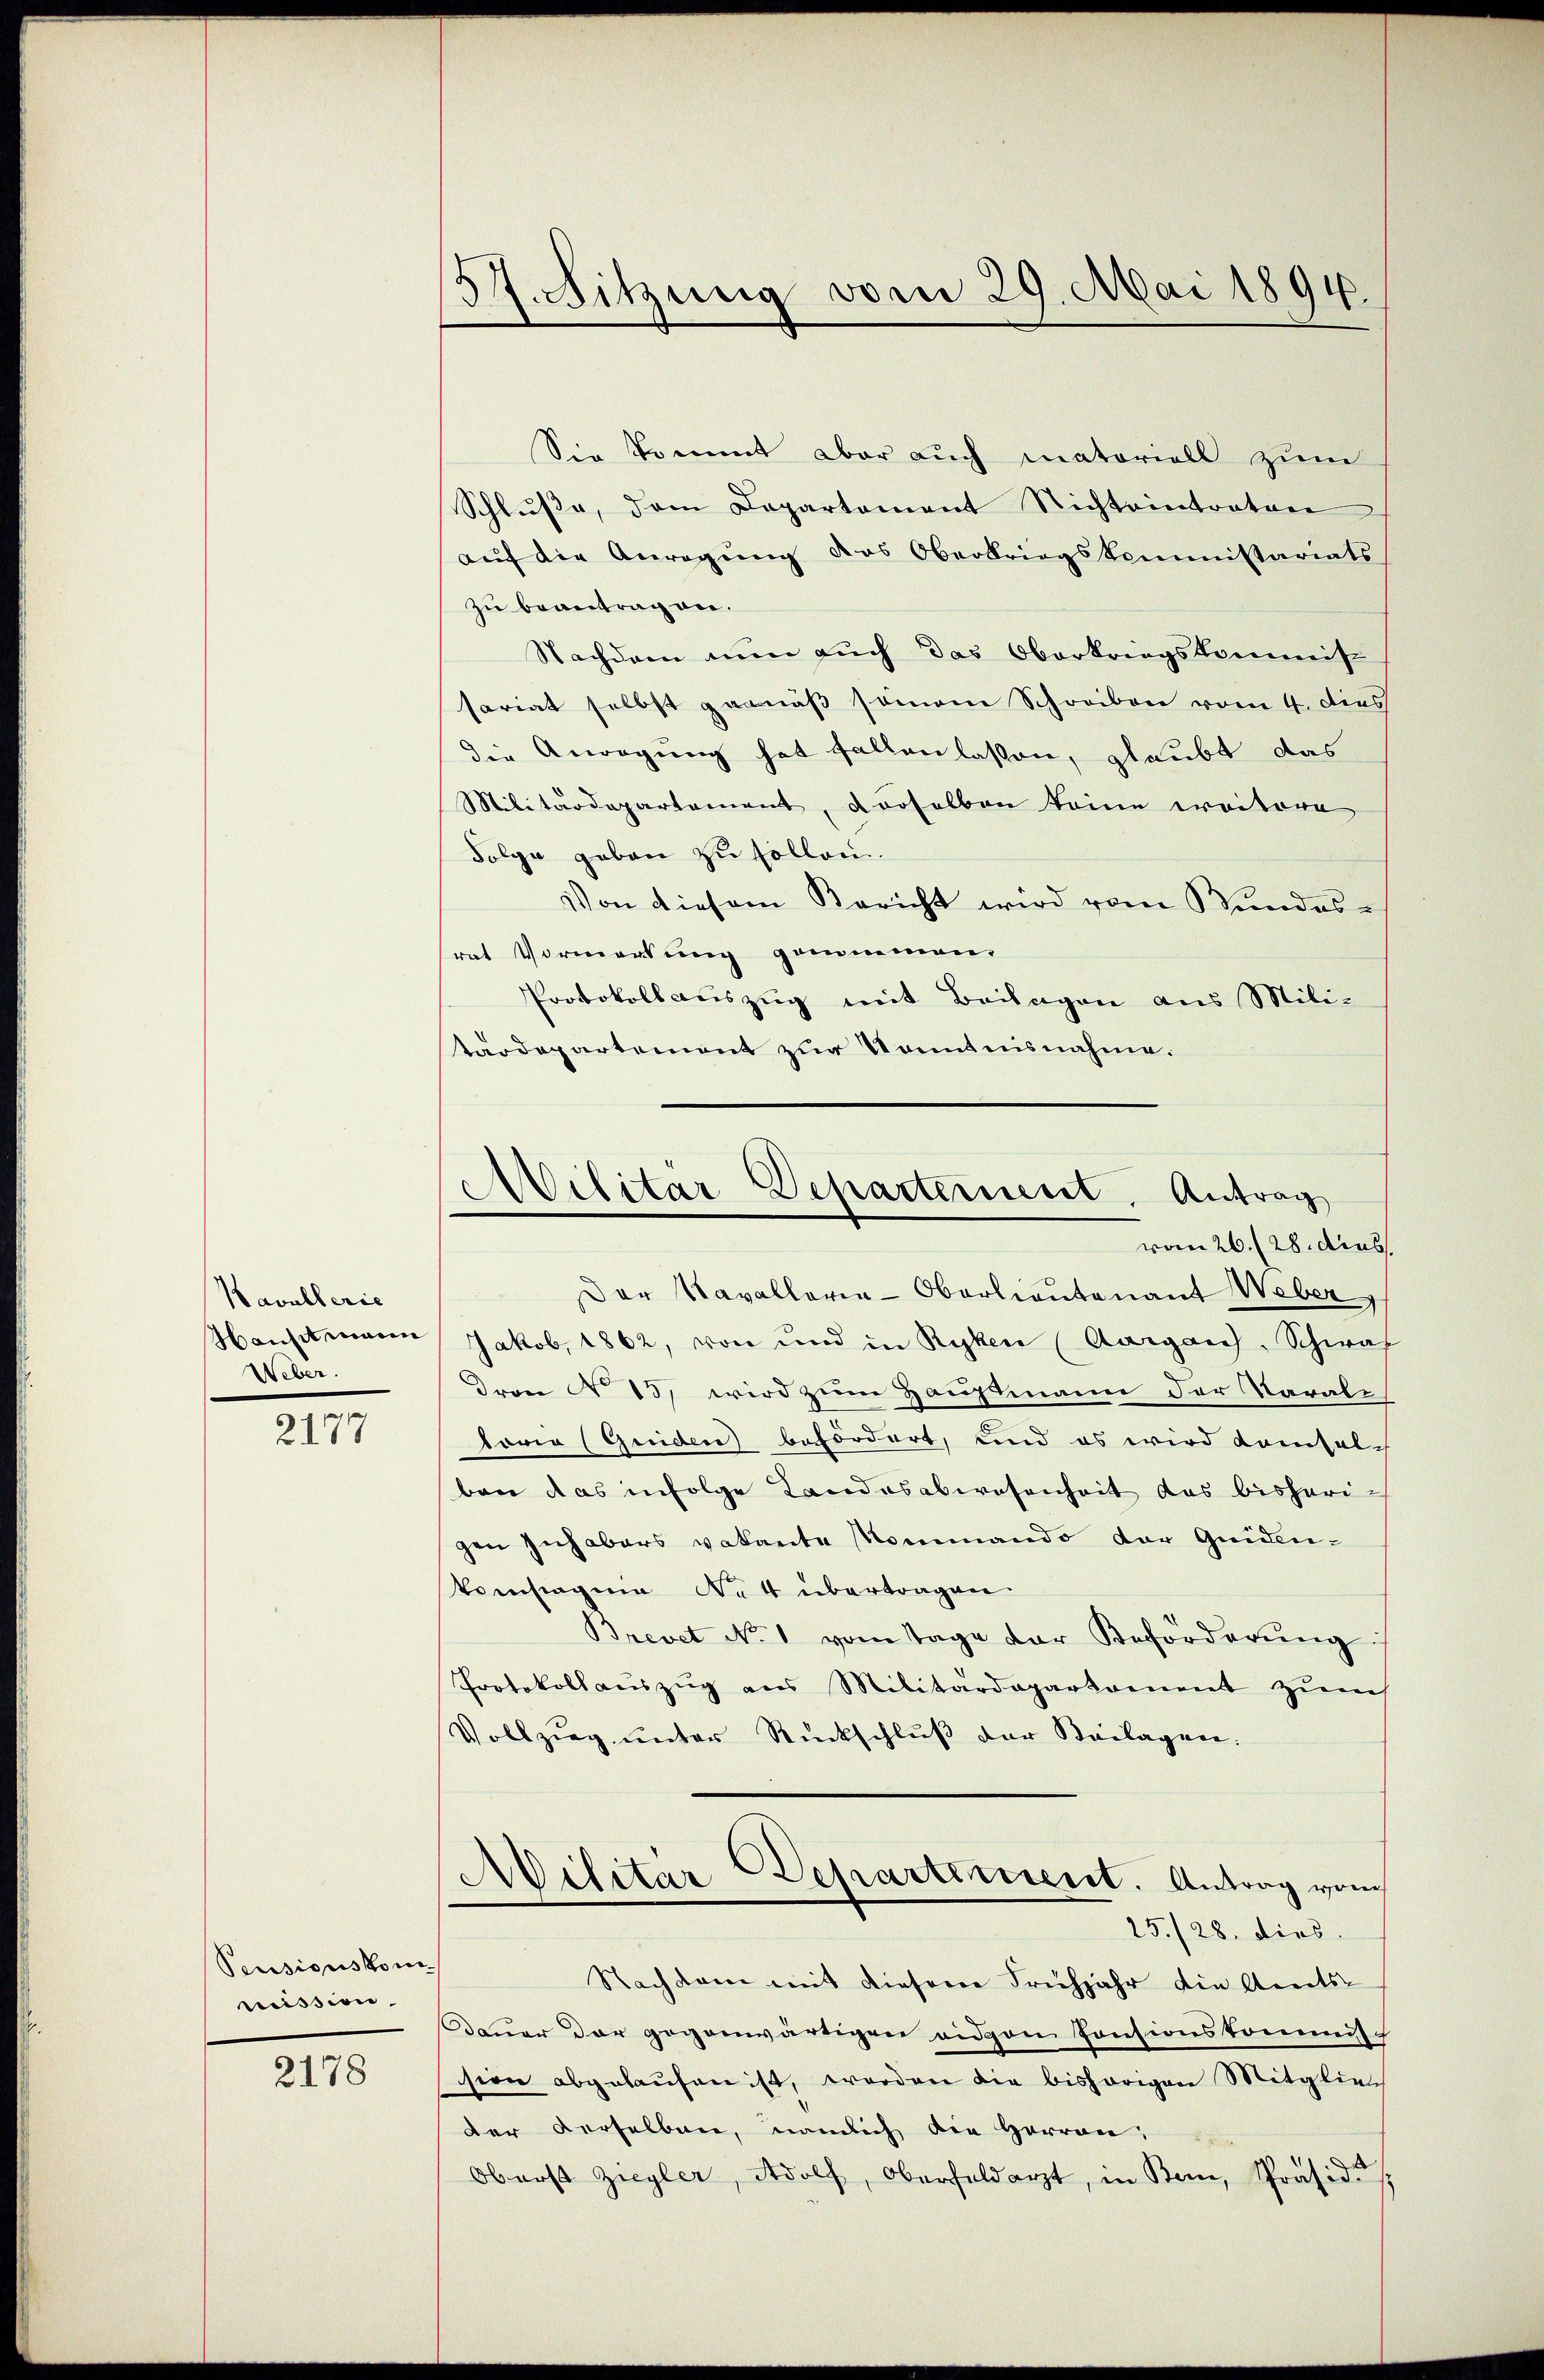
A. Sitzung vom 29. Mai 1894.

Sie kommt aber auch matoriell zum
Schluße, dem Departement Nichteintraten
auf die Anregung des Oberbriegskommissariats
zu beantragen.
Nachdem nun auch das Oberkriegskommis-
sariat selbst garniß seinem Schreiben vom 4. dies
die Anregung hat fallen lassen, glaubt das
Militärdepartement, derselben keine erritore
Folge geben zu sollen.
Von diesem Bericht wird vom Stundesrat Vormerkung genommen.
Protokoll aŭszŭg mit Beilagen aus Mili-
särdepartement zur Kenntnisnahme.
Der Kavallerie-Oberlieutenant Weber,
Jakob, 1862, von und in Ryken (Aargau, Schwas
Drare No 13 wird zum Hauptmann der Varale
loria (Guidere befordert, und es wird kamsals
ben das infolge Landesabwesenheit das bisherigen Zuhabers vakante Mommando der Guiden¬
Veinstagen Nett übertragen.
Brevet No. 1 vom Tage der Beförderŭng
Protokollauszug aus Militärdepartament zŭm
Vollzug unter Rückschluß der Beilagen.
Militar Departement. Antrag vom
25./28. dies
Nachdem mit diesene Frühjahr die Amts-
Dauer der gegenwärtigen eidgen Consionskommis-
sion abgelaufen ist, worden die bishörigen Mitglied
der derselben, nämlich die Herren:
Oberst Ziegler, Adolf, Oberfeldarzt, in Bern, Präside

d
Dilitar Departernent, Antrag
vom 26. 28. dies

Kavallerie
Hansit waren
Weber.

2177

Pensionskom-
mission.

2178